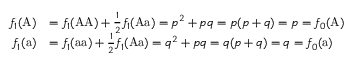
{ \begin{array} { r l } { f _ { 1 } ( { \mathrm { A } } ) } & { = f _ { 1 } ( { \mathrm { A A } } ) + { \frac { 1 } { 2 } } f _ { 1 } ( { \mathrm { A a } } ) = p ^ { 2 } + p q = p ( p + q ) = p = f _ { 0 } ( { \mathrm { A } } ) } \\ { f _ { 1 } ( { \mathrm { a } } ) } & { = f _ { 1 } ( { \mathrm { a a } } ) + { \frac { 1 } { 2 } } f _ { 1 } ( { \mathrm { A a } } ) = q ^ { 2 } + p q = q ( p + q ) = q = f _ { 0 } ( { \mathrm { a } } ) } \end{array} }